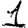
Digit: 1